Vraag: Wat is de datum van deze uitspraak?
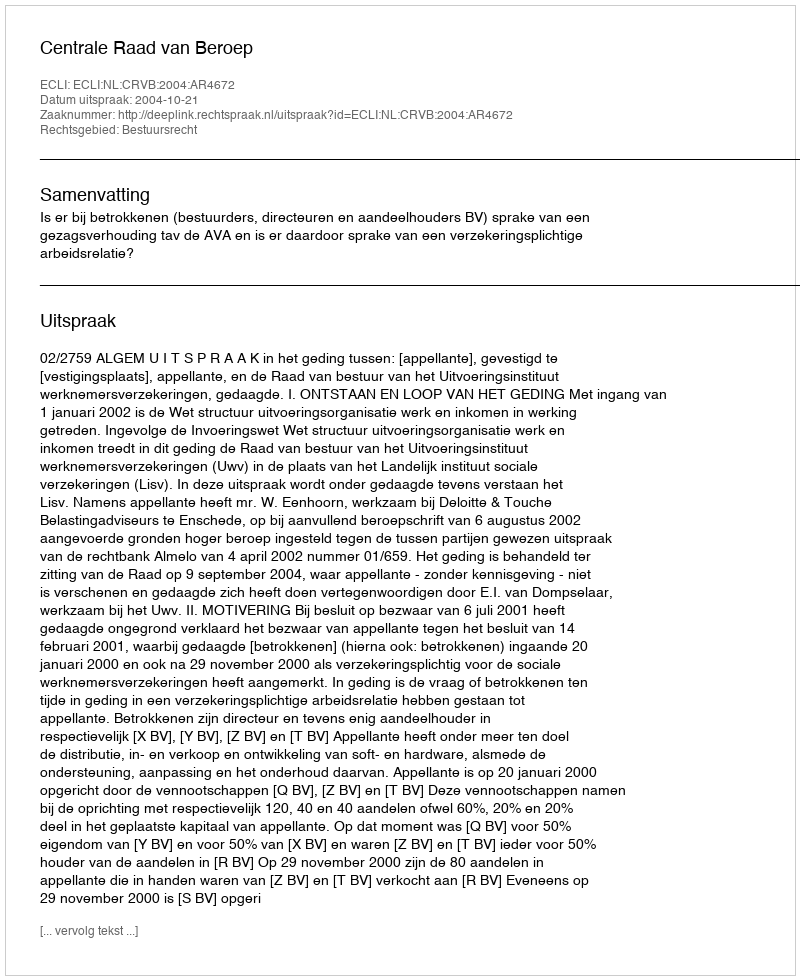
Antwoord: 2004-10-21